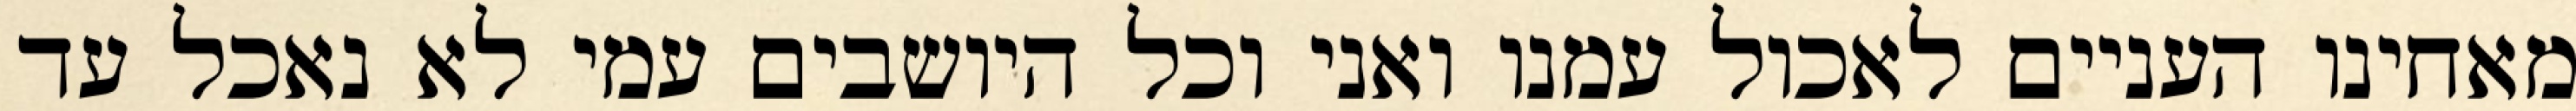
מאחינו העניים לאכול עמנו ואני וכל היושבים עמי לא נאכל עד